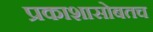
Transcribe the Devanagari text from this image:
प्रकाशासोबतच